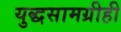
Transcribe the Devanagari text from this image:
युद्धसामग्रीही